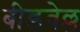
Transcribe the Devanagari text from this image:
बीडवेल्ल